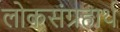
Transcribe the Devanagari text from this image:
लोकसंग्रहार्थ